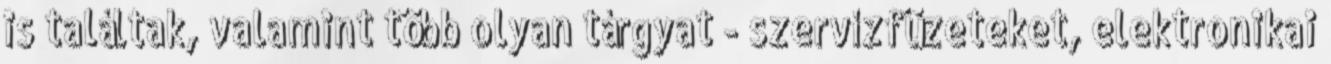
is találtak, valamint több olyan tárgyat - szervízfüzeteket, elektronikai